Sketch of the medical history of the native army of Bombay, for the year
Year: 1876
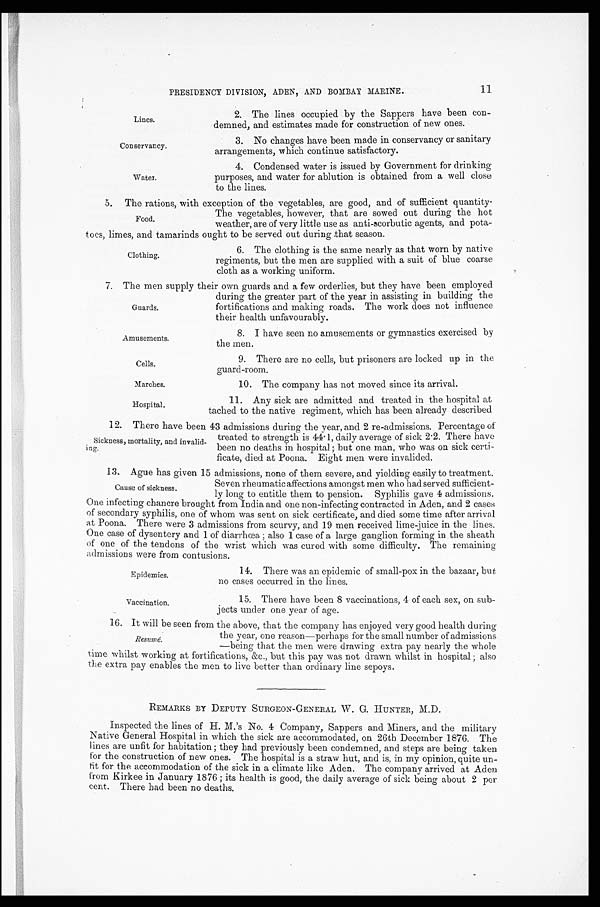
Lines.
Conservancy.
Water.
Amusements.
Cells.
Marches.
Hospital.
Epidemics.
Vaccination.
the year, one reason—perhaps for the small number of admissons
—being that the men were drawing extra pay nearly the whole
Resumé.
11
PRESIDENCY DIVISION, ADEN, AND BOMBAY MARINE.
2. The lines occupied by the Sappers have been con-
demned, and estimates made for construction of new ones.
3. No changes have been made in conservancy or sanitary
arrangements, which continue satisfactory.
4. Condensed water is issued by Government for drinking
purposes, and water for ablution is obtained from a well close
to the lines.
5. The rations, with exception of the vegetables, are good, and of sufficient quantity.
The vegetables, however, that are sowed out during the hot
weather, are of very little use as anti-scorbutic agents, and pota-
toes, limes, and tamarinds ought to be served out during that season.
Food.
Clothing.
6. The clothing is the same nearly as that worn by native
regiments, but the men are supplied with a suit of blue coarse
cloth as a working uniform.
7. The men supply their own guards and a few orderlies, but they have been employed
during the greater part of the year in assisting in building the
fortifications and making roads. The work does not influence
their health unfavourably.
Guards.
8. I have seen no amusements or gymnastics exercised by
the men.
9. There are no cells, but prisoners are locked up in the
guard-room.
10. The company has not moved since its arrival.
11. Any sick are admitted and treated in the hospital at
tached to the native regiment, which has been already described
12. There have been 43 admissions during the year, and 2 re-admissions. Percentage of
Sickness, mortality, and invalid-
ing.
treated to strength is 44 . 1, daily average of sick 2 . 2. There have
been no deaths in hospital ; but one man, who was on sick certi-
ficate, died at Poona. Eight men were invalided.
13. Ague has given 15 admissions, none of them severe, and yielding easily to treatment.
Cause of sickness.
Seven rheumatic affections amongst men who had served sufficient-
ly long to entitle them to pension. Syphilis gave 4 admissions.
One infecting chancre brought from India and one non-infecting contracted in Aden, and 2 cases
of secondary syphilis, one of whom was sent on sick certificate, and died some time after arrival
at Poona. There were 3 admissions from scurvy, and 19 men received lime-juice in the lines.
One case of dysentery and 1 of diarrhœa ; also 1 case of a large ganglion forming in the sheath
of one of the tendons of the wrist which was cured with some difficulty. The remaining
admissions were from contusions.
14. There was an epidemic of small-pox in the bazaar, but
no cases occurred in the lines.
15. There have been 8 vaccinations, 4 of each sex, on sub-
jects under one year of age.
16. It will be seen from the above, that the company has enjoyed very good health during
time whilst working at fortifications, &c., but this pay was not drawn whilst in hospital ; also
the extra pay enables the men to live better than ordinary line sepoys.
REMARKS BY DEPUTY SURGEON-GENERAL W. G. HUNTER, M.D.
Inspected the lines of H. M.'s No. 4 Company, Sappers and Miners, and the military
Native General Hospital in which the sick are accommodated, on 26th December 1876. The
lines are unfit for habitation ; they had previously been condemned, and steps are being taken
for the construction of new ones. The hospital is a straw hut, and is, in my opinion, quite un-
fit for the accommodation of the sick in a climate like Aden. The company arrived at Aden
from Kirkee in January 1876 ; its health is good, the daily average of sick being about 2 per
cent. There had been no deaths.